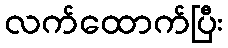
လက်ထောက်ပြီး